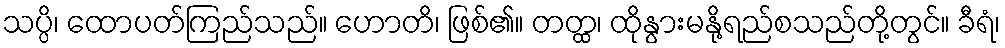
သပ္ပိ၊ ထောပတ်ကြည်သည်။ ဟောတိ၊ ဖြစ်၏။ တတ္ထ၊ ထိုနွားမနို့ရည်စသည်တို့တွင်။ ခီရံ၊